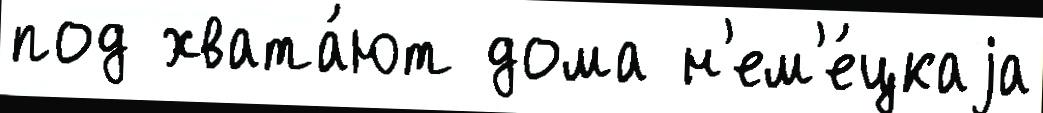
под хвата́ют дома н'ем'е́цкаjа